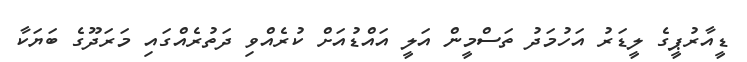
ޑީއާރުޕީގެ ލީޑަރު އަހުމަދު ތަސްމީން އަލީ އައްޑުއަށް ކުރެއްވި ދަތުރެއްގައި މަރަދޫގެ ބަޔަކާ